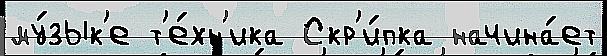
му́зык'е т'е́хн'ика Скр'и́пка начина́ет